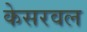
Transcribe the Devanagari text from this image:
केसरवल